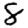
Digit: 8